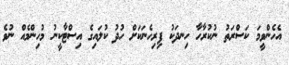
އެހެންވީމަ ކަސްރަތު ނުކުރާހާ ހިނދަކު ފިރިހެނަކަށް ހުދު ކުލައިގެ އިސްޓާކީނު މުހިންމެއް ނުވެ